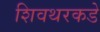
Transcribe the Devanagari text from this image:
शिवथरकडे